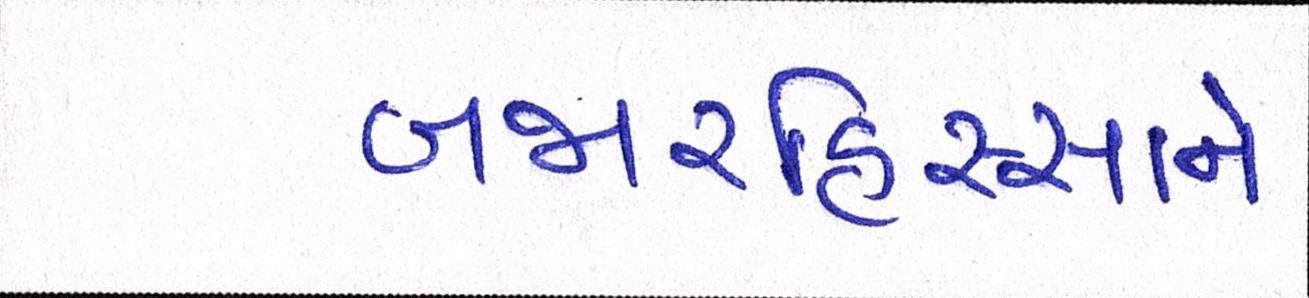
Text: બજારહિસ્સાને